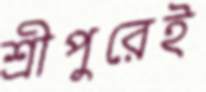
শ্রীপুরেই